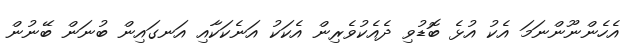
އެހެންނޫންނަމަ އެކު އުޅެ ބޮޑުވި ދެއެކުވެރިން އެކަކު އަނެކަކާއި އަނގައިން ބުނަން ބޭނުން